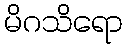
မိဂသိရော